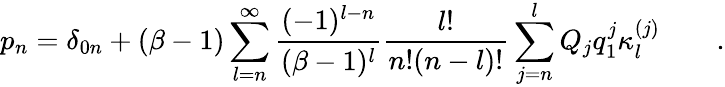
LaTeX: p_{n}=\delta_{0n}+(\beta-1)\sum_{l=n}^{\infty}\frac{(-1)^{l-n}}{(\beta-1)^{l}}\frac{l!}{n!(n-l)!}\sum_{j=n}^{l}Q_{j}q_{1}^{j}\kappa_{l}^{(j)}\qquad.